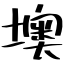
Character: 墺